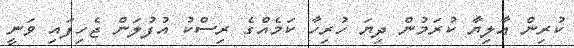
ކުރިން އާލިޔާ ކުރަމުން ދިޔަ ހުރިހާ ކަމެއްގެ ރިސްކު އުފުލަން ޖެހިފައި ވަނީ